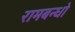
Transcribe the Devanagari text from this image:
रामबन्धो